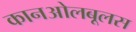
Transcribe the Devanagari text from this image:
कानओलबूलस